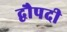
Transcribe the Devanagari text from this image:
द्वौपदी